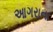
આગરાના